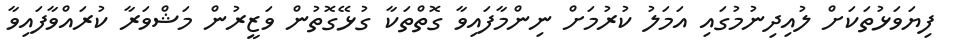
ފިޔަވަޅުތަކަށް ލުއިދިނުމުގައި އަމަލު ކުރުމަށް ނިންމާފައިވާ ގޮތްތަކާ ގުޅޭގޮތުން ވަޒީރުން މަޝްވަރާ ކުރައްވާފައިވާ